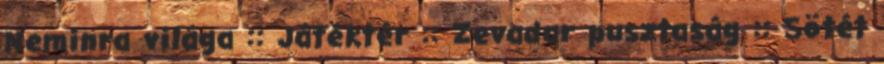
Neminra világa :: Játéktér :: Zevadar pusztaság :: Sötét